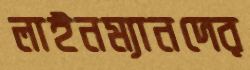
লাইনম্যানদের